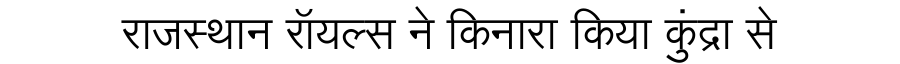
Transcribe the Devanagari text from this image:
राजस्थान रॉयल्स ने किनारा किया कुंद्रा से